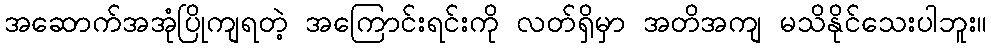
အဆောက်အအုံပြိုကျရတဲ့ အကြောင်းရင်းကို လတ်ရှိမှာ အတိအကျ မသိနိုင်သေးပါဘူး။